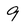
Character: 9